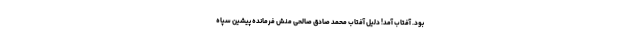
بود. آفتاب آمد! دلیل آفتاب محمد صادق صالحی منش فرمانده پیشین سپاه